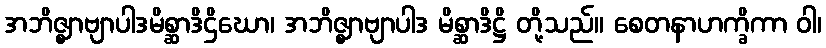
အဘိဇ္ဈာဗျာပါဒမိစ္ဆာဒိဌိဃော၊ အဘိဇ္ဈာဗျာပါဒ မိစ္ဆာဒိဋ္ဌိ တို့သည်။ စေတနာဟက္ခိကာ ဝါ၊